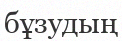
бұзудың